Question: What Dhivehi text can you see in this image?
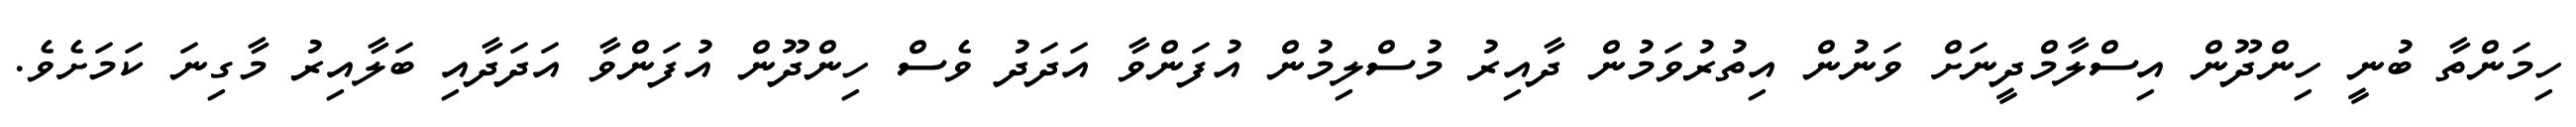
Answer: ހިމަންތާ ބުނީ ހިންދޫން އިސްލާމްދީނަށް ވަނުން އިތުރުވަމުން ދާއިރު މުސްލިމުން އުފަންވާ އަދަދު ވެސް ހިންދޫން އުފަންވާ އަދަދާއި ބަލާއިރު މާގިނަ ކަމަށެވެ.